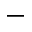
-